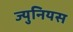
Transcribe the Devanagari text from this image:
ज्युनियस